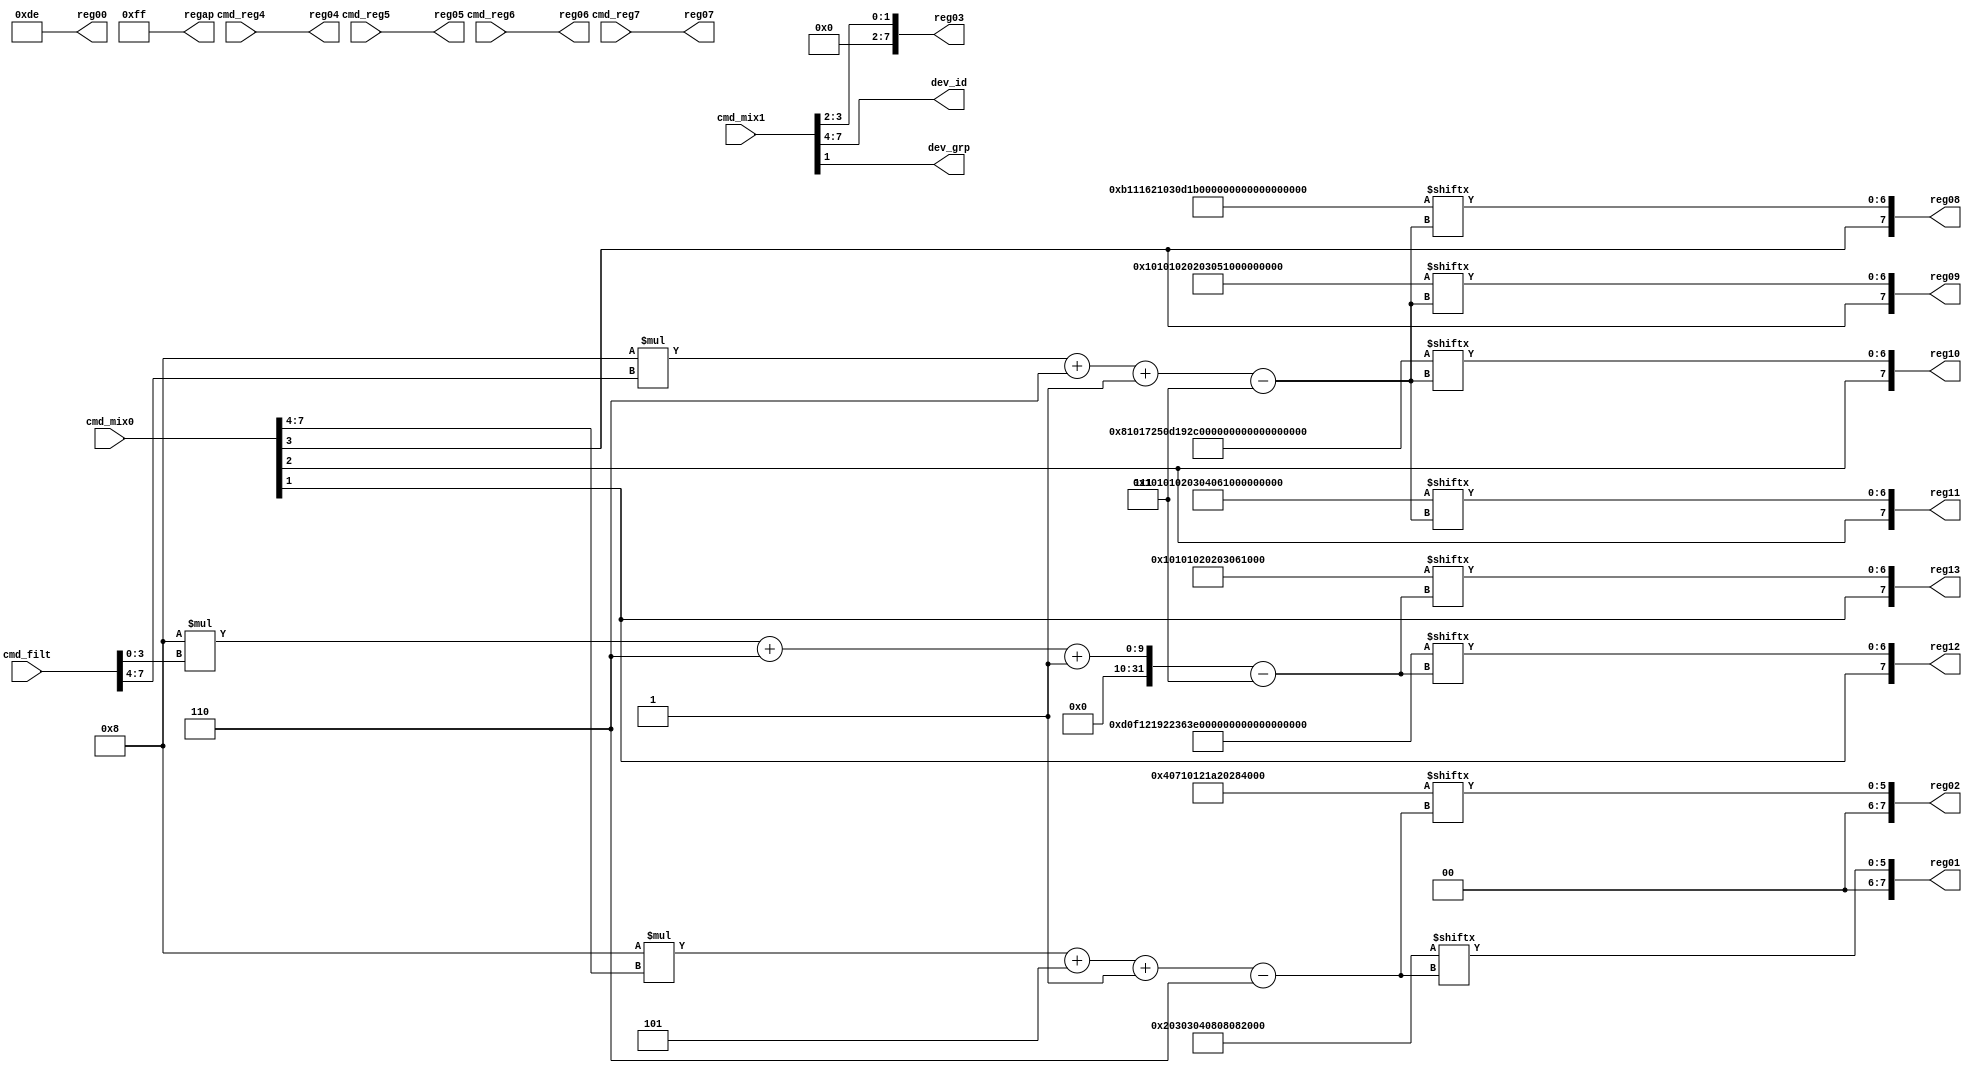
module cs_reg( // TEST_DONE
    input [7:0] cmd_filt, // [7:4] UPPER_BW [3:0] LOWER_BW
    input [7:0] cmd_mix0, // [7:4] ADC_OPT  [3:1] off_chip  
    input [7:0] cmd_mix1, // [7:4] ID       [3:2] aux_en   [1:0] 01
    input [7:0] cmd_reg4,
    input [7:0] cmd_reg5,
    input [7:0] cmd_reg6,
    input [7:0] cmd_reg7,

    output [7:0] reg00,
    output [7:0] reg01,
    output [7:0] reg02,
    output [7:0] reg03,
    output [7:0] reg04,
    output [7:0] reg05,
    output [7:0] reg06,
    output [7:0] reg07,
    output [7:0] reg08,
    output [7:0] reg09,
    output [7:0] reg10,
    output [7:0] reg11,
    output [7:0] reg12,
    output [7:0] reg13,
    output [7:0] regap, // Individual Amplifier Power

    output [3:0] dev_id,
    output dev_grp

);
/*
  UPPER_BW   REG8    REG9    REGA    REGB
00: 100Hz    0x26    0x1A    0x05    0x1F
01: 150Hz    0x2C    0x11    0x08    0x15
02: 200Hz    0x18    0x0D    0x07    0x10
03: 250Hz    0x2A    0x0A    0x05    0x0D
04: 300Hz    0x06    0x09    0x02    0x0B
05: 500Hz    0x1E    0x05    0x2B    0x06
06: 750Hz    0x29    0x03    0x24    0x04
07: 1.0kHz   0x2E    0x02    0x1E    0x03
08: 1.5kHz   0x01    0x02    0x17    0x02
09: 2.0kHz   0x1B    0x01    0x2C    0x01
0A: 2.5kHz   0x0D    0x01    0x19    0x01
0B: 3.0kHz   0x03    0x01    0x0D    0x01
0C: 5.0kHz   0x21    0x00    0x25    0x00
0D: 7.5kHz   0x16    0x00    0x17    0x00
0E: 10kHz    0x11    0x00    0x10    0x00
0F: 15kHz    0x0B    0x00    0x08    0x00

  LOWER_BW   REGC    REGD
00: 0.25Hz   0x38    0x36
01: 0.50Hz   0x23    0x11
02: 1.0Hz    0x2C    0x06
03: 2.0Hz    0x08    0x03
04: 2.5Hz    0x2A    0x02
05: 3.0Hz    0x14    0x02
06: 5.0Hz    0x28    0x01
07: 7.5Hz    0x12    0x01
08: 10Hz     0x05    0x01
09: 15Hz     0x3E    0x00
0A: 20Hz     0x36    0x00
0B: 50Hz     0x22    0x00
0C: 100Hz    0x19    0x00
0D: 200Hz    0x12    0x00
0E: 300Hz    0x0F    0x00
0F: 500Hz    0x0D    0x00

  ADC_OPT    ADCB    MUXB
0: 120kS/s   0x20    0x28
1: 140kS/s   0x10    0x28
2: 175KS/s   0x08    0x28
3: 220kS/s   0x08    0x20
4: 280kS/s   0x08    0x1A
5: 350kS/s   0x04    0x12
6: 440kS/s   0x03    0x10
7: 525kS/s   0x03    0x07
8: 700kS/s   0x02    0x04
*/  

wire [71:0] cache_reg1 = 72'h02_03_03_04_08_08_08_10_20;
wire [71:0] cache_reg2 = 72'h04_07_10_12_1A_20_28_28_28;
wire [255:0] cache_reg8 = 256'h0B_11_16_21_03_0D_1B_01_2E_29_1E_06_2A_18_2C_26;
wire [255:0] cache_reg9 = 256'h00_00_00_00_01_01_01_02_02_03_05_09_0A_0D_11_1A;
wire [255:0] cache_regA = 256'h08_10_17_25_0D_19_2C_17_1E_24_2B_02_05_07_08_05;
wire [255:0] cache_regB = 256'h00_00_00_00_01_01_01_02_03_04_06_0B_0D_10_15_1F;
wire [255:0] cache_regC = 256'h0D_0F_12_19_22_36_3E_05_12_28_14_2A_08_2C_23_38;
wire [255:0] cache_regD = 256'h00_00_00_00_00_00_00_01_01_01_02_02_03_06_11_36;

assign reg00 = 8'b11011110;
assign reg01 = {2'b00, cache_reg1[8*cmd_mix0[7:4]+5 -: 6]};
assign reg02 = {2'b00, cache_reg2[8*cmd_mix0[7:4]+5 -: 6]};
assign reg03 = {6'b000_000, cmd_mix1[3:2]};
assign reg04 = cmd_reg4;
assign reg05 = cmd_reg5;
assign reg06 = cmd_reg6;
assign reg07 = cmd_reg7;
assign reg08 = {cmd_mix0[3], cache_reg8[8*cmd_filt[7:4]+6 -: 7]};
assign reg09 = {cmd_mix0[3], cache_reg9[8*cmd_filt[7:4]+6 -: 7]};
assign reg10 = {cmd_mix0[2], cache_regA[8*cmd_filt[7:4]+6 -: 7]};
assign reg11 = {cmd_mix0[2], cache_regB[8*cmd_filt[7:4]+6 -: 7]};
assign reg12 = {cmd_mix0[1], cache_regC[8*cmd_filt[3:0]+6 -: 7]};
assign reg13 = {cmd_mix0[1], cache_regD[8*cmd_filt[3:0]+6 -: 7]};
assign regap = 8'b1111_1111;
assign dev_id = cmd_mix1[7:4];
assign dev_grp = cmd_mix1[1];

endmodule